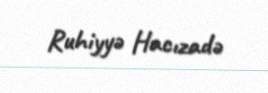
Ruhiyyə Hacızadə